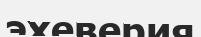
эхеверия